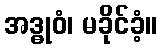
အဒ္ဓုဝံ၊ မခိုင်ခံ့။